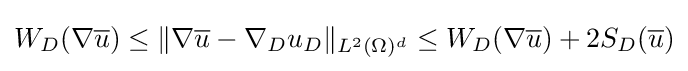
W_{D}(\nabla {\overline {u}})\leq \Vert \nabla {\overline {u}}-\nabla _{D}u_{D}\Vert _{L^{2}(\Omega )^{d}}\leq W_{D}(\nabla {\overline {u}})+2S_{D}({\overline {u}})